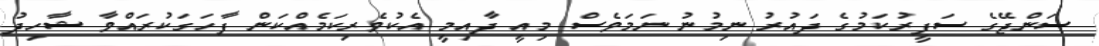
ސަންޖޭގެ ސަފީރުކަމުގެ ދައުރު ނިމުނު ނަމަވެސް މިއީ ދާއިމީ އެކުވެރިކަމެއްކަން ފާހަގަކުރައްވާ ޝާހިދު